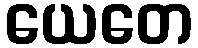
ယေတေ